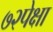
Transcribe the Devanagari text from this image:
७२पेक्षा